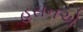
હસનએ